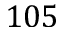
1 0 5